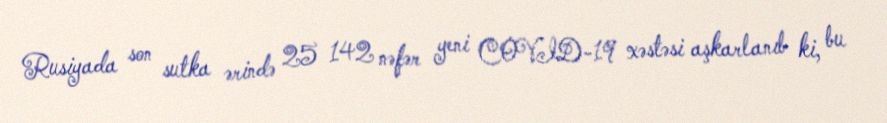
Rusiyada son sutka ərində 25 142 nəfər yeni COVID-19 xəstəsi aşkarlanıb ki, bu